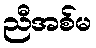
ညီအစ်မ